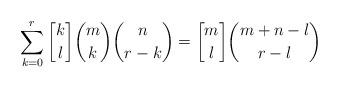
LaTeX: \begin{align*}\sum_{k=0}^{r}{{k \brack l}{m \choose k}{n \choose r-k}} = {m \brack l} {m+n-l \choose r-l}\end{align*}